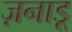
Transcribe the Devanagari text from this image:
ज़नाडू